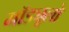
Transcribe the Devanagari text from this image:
मॉड्यूलो